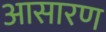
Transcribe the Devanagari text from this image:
आसारण